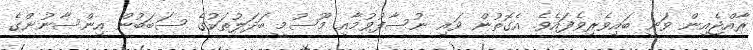
ރާއްޖެއިން ވަނީ ބައިވެރިވެފައެވެ. އެގޮތުން ވައި ނުސާފުވުމާއި މޫސުމީ ބަދަލުތަކުގެ ސަބަބުން އިންސާނުންގެ